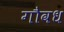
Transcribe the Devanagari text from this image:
गौवध